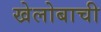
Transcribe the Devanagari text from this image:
खेलोबाची